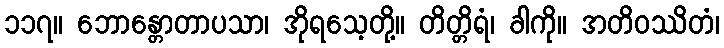
၁၁၇။ ဘောန္တောတာပသာ၊ အိုရသေ့တို့။ တိတ္တိရံ၊ ခါကို။ အတိဝဿိတံ၊